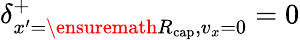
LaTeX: \delta_{x^{\prime}=\ensuremath{R_{\mathrm{cap}}},v_{x}=0}^{+}=0